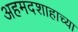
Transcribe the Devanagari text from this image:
अहमदशाहाच्या